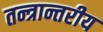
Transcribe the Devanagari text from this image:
तन्त्रान्तरीय